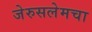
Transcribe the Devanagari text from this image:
जेरुसलेमचा